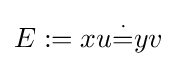
E:=xu{\overset {\cdot }{=}}yv